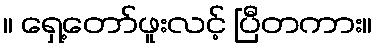
။ ရှေ့တော်ဖူးလင့် ပြီတကား။